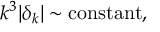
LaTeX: k ^ { 3 } \vert \delta _ { k } \vert \sim \mathrm { c o n s t a n t } ,